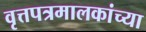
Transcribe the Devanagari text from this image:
वृत्तपत्रमालकांच्या